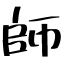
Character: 師